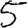
Digit: 5